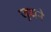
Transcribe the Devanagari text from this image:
जुधने